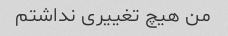
من هیچ تغییری نداشتم